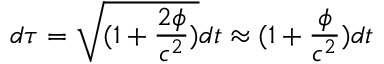
d \tau = \sqrt { ( 1 + \frac { 2 \phi } { c ^ { 2 } } ) } d t \approx ( 1 + \frac { \phi } { c ^ { 2 } } ) d t